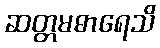
ဆတ္တမဓာရေသိ